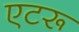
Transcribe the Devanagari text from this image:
एटरू